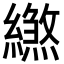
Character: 繺